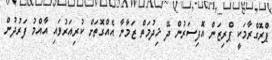
ޕްރޮގްރާމަކީ ޕްރިޒަން އޮފިސަރުން ދޭ ޚިދުމަތް ޒަމާނާ އެއްގޮތަށް ކުރިއަރުވައި އާއްމު ފަރުދުން